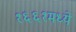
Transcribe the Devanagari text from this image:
१६६१मध्ये